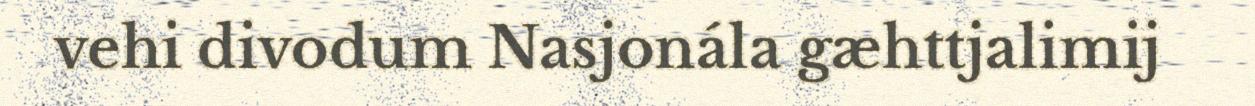
vehi divodum Nasjonála gæhttjalimij